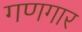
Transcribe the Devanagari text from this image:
गणगार